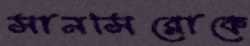
সানসিরোকে